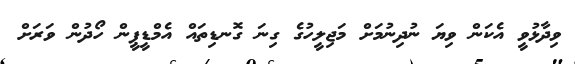
ވިދާޅުވީ އެކަން ވިޔަ ނުދިނުމަށް މަޖިލީހުގެ ގިނަ ގޮނޑިތައް އެމްޑީޕީން ހޯދުން ވަރަށް